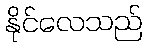
နိုင်လေသည်